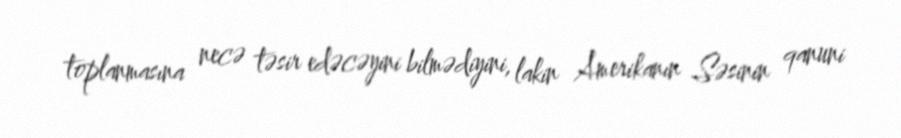
toplanmasına necə təsir edəcəyini bilmədiyini, lakin Amerikanın Səsinin qanuni